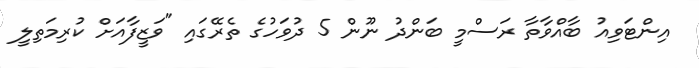
އިންޓަވިއު ބާއްވާތާ ރަސްމީ ބަންދު ނޫން 5 ދުވަހުގެ ތެރޭގައި "ވަޒީފާއަށް ކުރިމަތިލީ